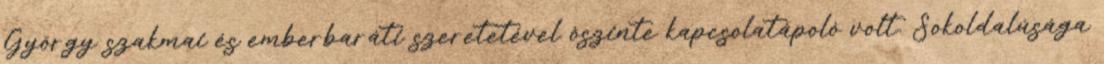
György szakmai és emberbaráti szeretetével ôszinte kapcsolatápoló volt. Sokoldalúsága